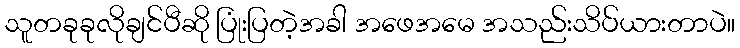
သူတခုခုလိုချင်ပီဆို ပြုံးပြတဲ့အခါ အဖေအမေ အသည်းသိပ်ယားတာပဲ။